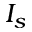
I _ { s }